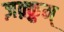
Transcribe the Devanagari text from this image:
ज़क़्क़ुम्